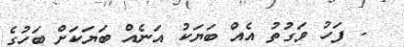
- ފަހު ވަގުތު އެއް ބަޔަކު އަނެއް ބަޔަކަށް ބަހުގެ